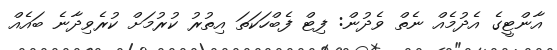
އާންޓީގެ އެދުމެއް ނެތް ވެދުން: ފިޓް ފެބްހަކަތަ އިތުރު ކުރުމަށް ކުރެވިދާނެ ބައެއް